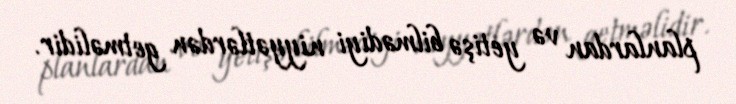
planlardan və yetişə bilmədiyi niyyətlərdən getməlidir.